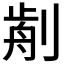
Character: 𠝣